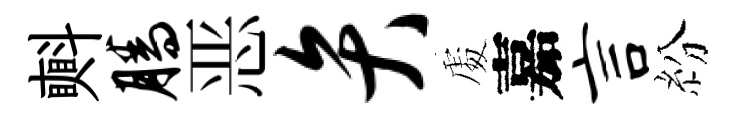
㪺腾恶弁𠁅嘉言紛